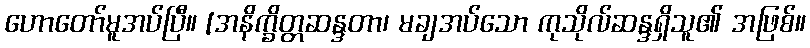
ဟောတော်မူအပ်ပြီ။ [အနိက္ခိတ္တဆန္ဒတာ၊ မချအပ်သော ကုသိုလ်ဆန္ဒရှိသူ၏ အဖြစ်။